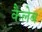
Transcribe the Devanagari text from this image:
कैलेब